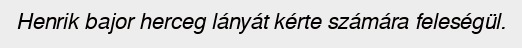
Henrik bajor herceg lányát kérte számára feleségül.